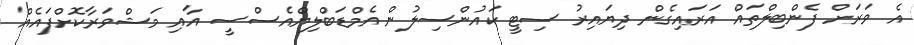
އެ ވަރަށް ފެންބިލްތައް އަރައިގެން ދިޔައިރު ސިޓީ ކައުންސިލުން އެމްޑަބްލިޔްއެސްސީ އާއި މަޝްވަރާކޮށްފައެއް